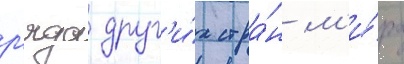
р'яда друг'и́х стра́н м'и́ра